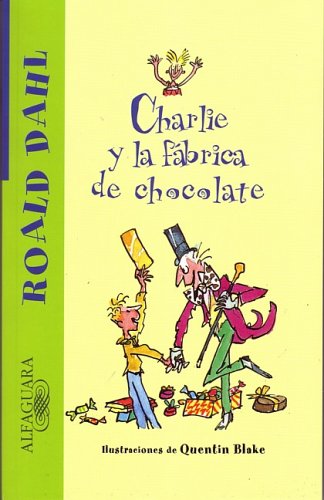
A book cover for Charlie y la fabrica de chocolate (Charlie and the Chocolate Factory) (Alfaguara) (Spanish Edition); Roald Dahl; Children's Books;